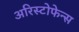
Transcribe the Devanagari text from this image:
अरिस्टोफेन्स